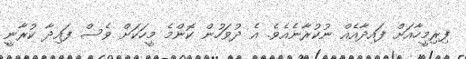
ފިރިމީހާއަށް ފައިދާއެއް ނުކުރާނެއެވެ. އެ ދުވަހުން ކޮންމެ މީހަކަށް ވެސް ފައިދާ ކުރާނީ